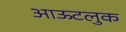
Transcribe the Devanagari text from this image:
आऊटलुक